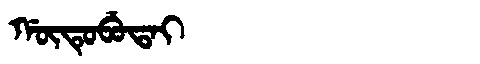
Manchu: ᡤᡡᡨᡠᠪᡠᡨᠠᡳ
Romanization: GŪTUBUTAI